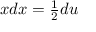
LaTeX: \textstyle x d x = { \frac { 1 } { 2 } } d u